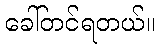
ခေါ်တင်ရတယ်။